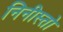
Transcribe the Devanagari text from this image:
निनीस्तो